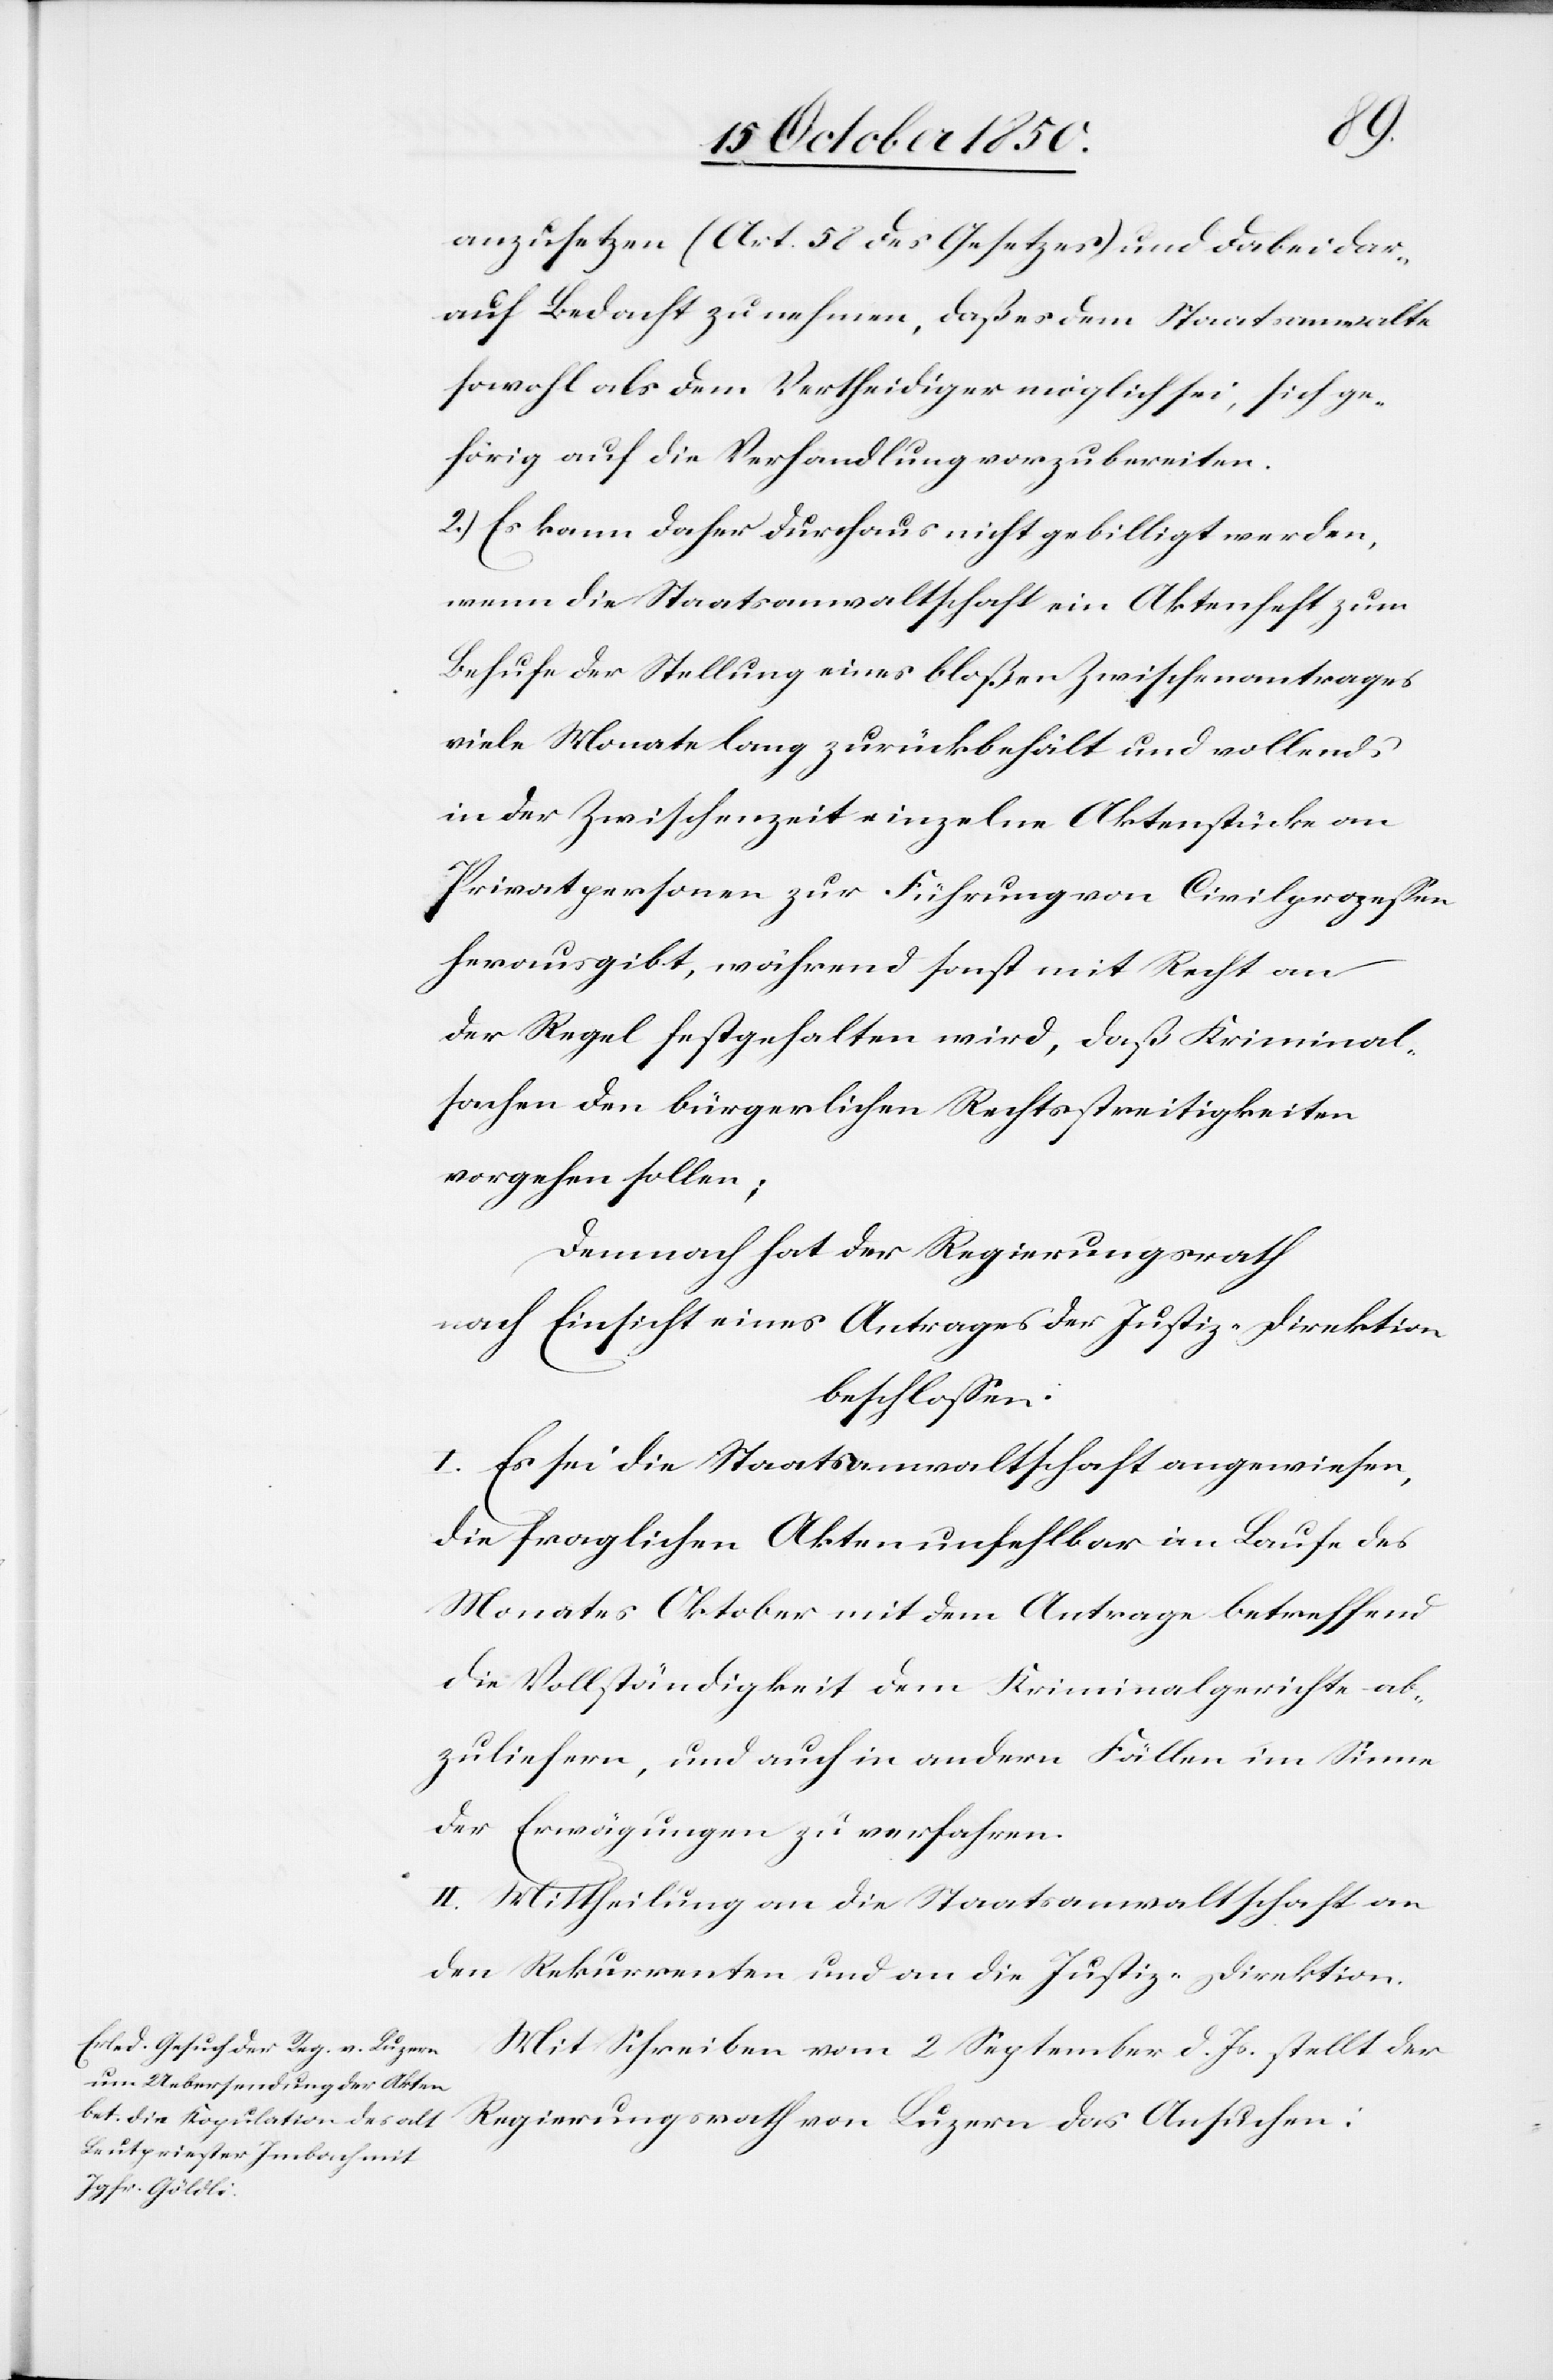
anzusetzen (Art. 58 des Gesetzes) und dabei dar¬
auf Bedacht zu nehmen, daß es dem Staatsanwalte
sowohl als dem Vertheidiger möglich sei, sich ge¬
hörig auf die Verhandlung vorzubereiten.
2.) Es kann daher durchaus nicht gebilligt werden,
wenn die Staatsanwaltschaft ein Aktenheft zum
Behufe der Stellung eines bloßen Zwischenantrages
viele Monate lang zurückbehält und vollends
in der Zwischenzeit einzelne Aktenstücke an
Privatpersonen zur Führung von Civilprozessen
herausgibt, während sonst mit Recht an
der Regel festgehalten wird, daß Kriminal¬
sachen den bürgerlichen Rechtsstreitigkeiten
vorgehen sollen;
Demnach hat der Regierungsrath
nach Einsicht eines Antrages der Justiz-Direktion
beschlossen.
I. Es sei die Staatsanwaltschaft angewiesen,
die fraglichen Akten unfehlbar im Laufe des
Monates Oktober mit dem Antrage betreffend
die Vollständigkeit dem Kriminalgerichte ab¬
zuliefern, und auch in andern Fällen im Sinne
der Erwägungen zu verfahren.
II. Mittheilung an die Staatsanwaltschaft an
den Rekurrenten und an die Justiz-Direktion.
Mit Schreiben vom 2 September d. Js. stellt der
Regierungsrath von Luzern das Ansuchen: